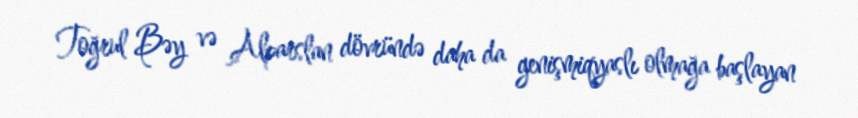
Toğrul Bəy və Alparslan dövründə daha da genişmiqyaslı olmağa başlayan